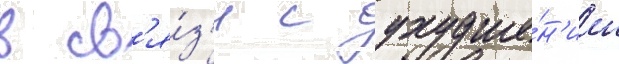
в св'я́з'и с ухудше́н'ием